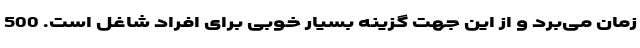
زمان می‌برد و از این جهت گزینه بسیار خوبی برای افراد شاغل است. 500